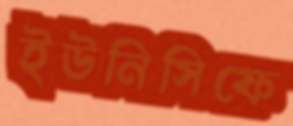
ইউনিসিফে